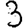
Digit: 3